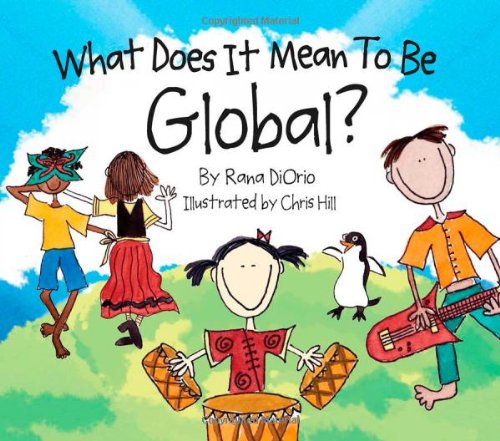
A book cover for What Does It Mean To Be Global?; Rana DiOrio; Children's Books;